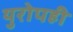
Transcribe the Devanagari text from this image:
युरोपही